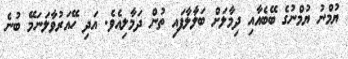
ޔުމްނު ޔުމްނުގެ ބޭބެއާއި ދިމާލަށް ބަލާލާފައި ތުން ދަމާލިއެވެ. އަދި ހޭއަރުވާލަނަމޭ ބުނެ